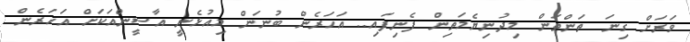
ވަރަށް ގިނަ ތަންތަން މިދުނިޔެމަތިން ފެނިފައި.. އަހަރެން ބުނަން މިއުޅެނީ އާސީންއަކަށް އަހަރެން